Annual report on the Civil Veterinary Department, Burma (including the Insein Veterinary School) - 1910-1922
Year: 1910
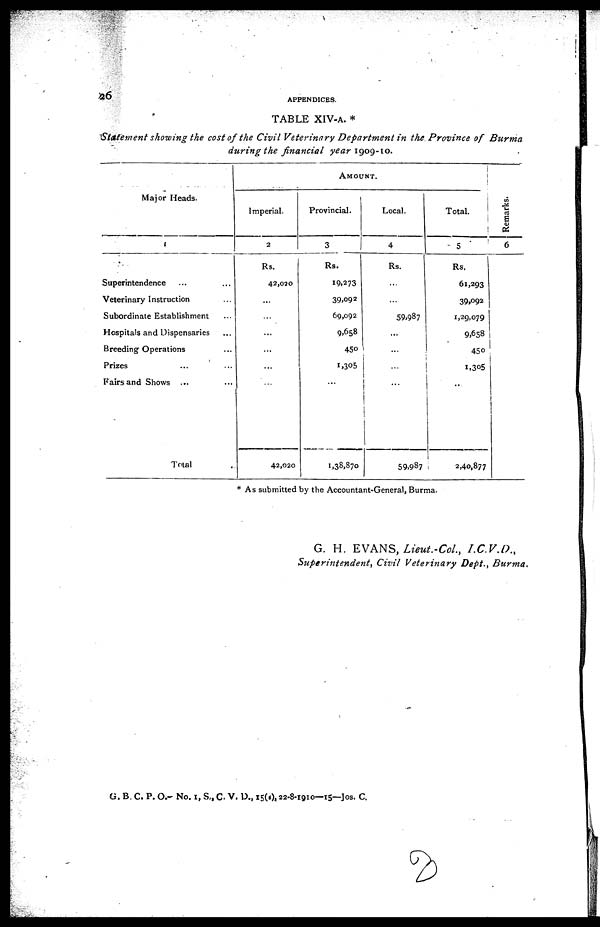
26
APPENDICES.
TABLE XIV-A. *
Statement showing the cost of the Civil Veterinary Department in the Province of Burma
during the financial year 1909-10.
Major Heads.
1
Superintendence ... ...
Veterinary Instruction ...
Subordinate Establishment ...
Hospitals and Dispensaries ...
Breeding Operations ...
Prizes ... ...
Fairs and Shows ... ...
Total ...
AMOUNT.
Imperial.
2
Rs.
42,020
...
...
...
...
...
...
42,020
Provincial.
3
Rs.
19,273
39,092
69,092
9,658
450
1,305
...
1,38,870
Local.
4
Rs.
...
...
59,987
...
...
...
...
59,987
Total.
5
Rs.
61,293
39,092
1,29,079
9,658
450
1,305
...
2,40,877
Remarks.
6
...
* As submitted by the Accountant-General, Burma.
G. H. EVANS, Lieut.-CoL,
I.C.V.D.,
Superintendent, Civil Veterinary Dept., Burma.
G. B. C. P. O.- No. I, S., C. V. V.D., 15(a),22-8-1910—15—Jos. C.